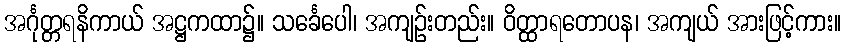
အင်္ဂုတ္တရနိကာယ် အဋ္ဌကထာ၌။ သင်္ခေပေါ၊ အကျဉ်းတည်း။ ဝိတ္ထာရတောပန၊ အကျယ် အားဖြင့်ကား။